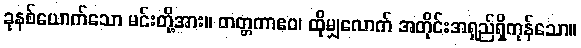
ခုနစ်ယောက်သော မင်းတို့အား။ တတ္တကာဧဝ၊ ထိုမျှလောက် အတိုင်းအရှည်ရှိကုန်သော။